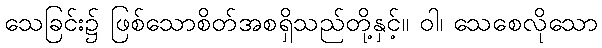
သေခြင်း၌ ဖြစ်သောစိတ်အစရှိသည်တို့နှင့်။ ဝါ၊ သေစေလိုသော